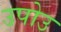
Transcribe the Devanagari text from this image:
उपोउ